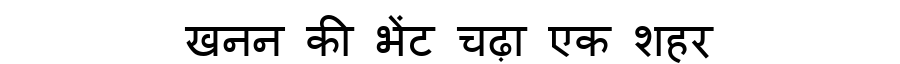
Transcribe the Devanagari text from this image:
खनन की भेंट चढ़ा एक शहर